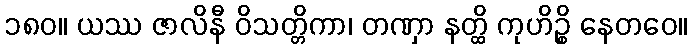
၁၈၀။ ယဿ ဇာလိနီ ဝိသတ္တိကာ၊ တဏှာ နတ္ထိ ကုဟိဉ္စိ နေတဝေ။